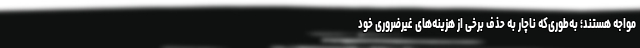
مواجه هستند؛ به‌طوری‌که ناچار به حذف برخی از هزینه‌های غیرضروری خود